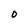
Character: 0